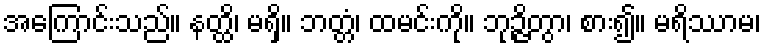
အကြောင်းသည်။ နတ္ထိ၊ မရှိ။ ဘတ္တံ၊ ထမင်းကို။ ဘုဉ္ဇိတွာ၊ စား၍။ မရိဿာမ၊